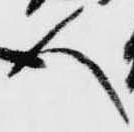
人